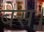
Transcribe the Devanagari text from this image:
बेस।